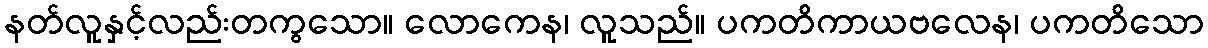
နတ်လူနှင့်လည်းတကွသော။ လောကေန၊ လူသည်။ ပကတိကာယဗလေန၊ ပကတိသော